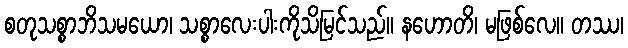
စတုသစ္စာဘိသမယော၊ သစ္စာလေးပါးကိုသိမြင်သည်။ နဟောတိ၊ မဖြစ်လေ။ တဿ၊